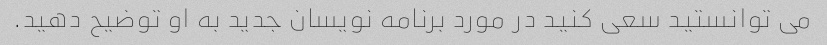
می توانستید سعی کنید در مورد برنامه نویسان جدید به او توضیح دهید.